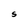
Character: S